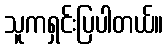
သူကရှင်းပြပါတယ်။